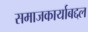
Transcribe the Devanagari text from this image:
समाजकार्याबद्दल